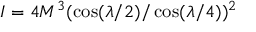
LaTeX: I = 4 M ^ { 3 } ( \cos ( \lambda / 2 ) / \cos ( \lambda / 4 ) ) ^ { 2 }